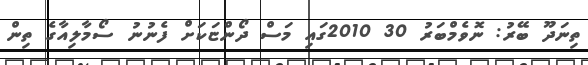
ތިނަދޫ ބޭރު: ނޮވެމްބަރު 30 2010ގައި މަސް ދޯންޏަކަށް ފެނުނު ސޯމާލިއާގެ ތިން